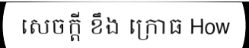
សេចក្តី ខឹង ក្រោធ How